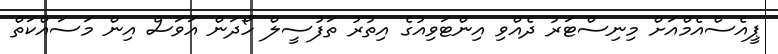
ޕީއެސްއެމްއަށް މިނިސްޓަރު ދެއްވި އިންޓަވިއުގެ އިތުރު ތަފުސީލް ހޯދަން އަވަސް އިން މަސައްކަތް